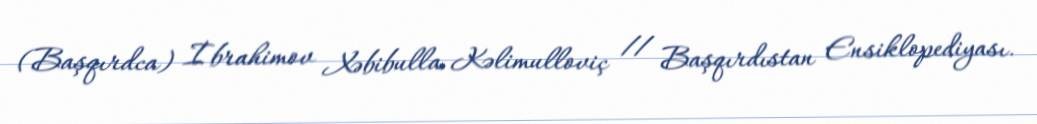
(Başqırdca) İbrahimov Xəbibulla Kəlimulloviç // Başqırdıstan Ensiklopediyası.